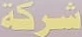
شركة